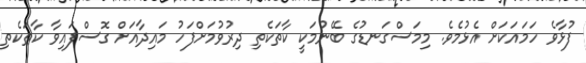
ފުޅާވެ ހަމައަކަށް އެޅުމެވެ. މިމަސްގަނޑުގެ ބޭނުމަކީ ކާތަކެތި ދިރުވުމަށްފަހު މައިދާއަށް ގޮސްފައިވާ ކާތަކެތި